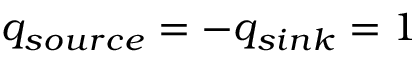
q _ { s o u r c e } = - q _ { s i n k } = 1